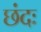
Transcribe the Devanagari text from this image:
छंदः